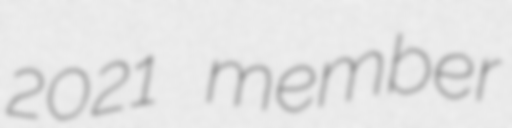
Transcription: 2021 member